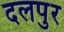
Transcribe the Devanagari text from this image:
दलपुर